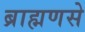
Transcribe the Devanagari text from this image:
ब्राह्मणसे